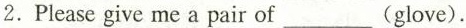
2.Please give me a pair of___(glove).